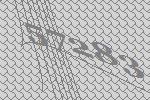
57283